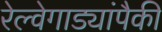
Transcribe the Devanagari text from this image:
रेल्वेगाड्यांपैकी